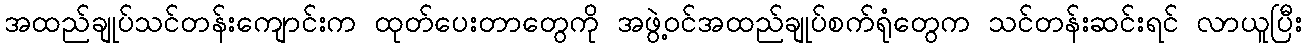
အထည်ချုပ်သင်တန်းကျောင်းက ထုတ်ပေးတာတွေကို အဖွဲ့ဝင်အထည်ချုပ်စက်ရုံတွေက သင်တန်းဆင်းရင် လာယူပြီး